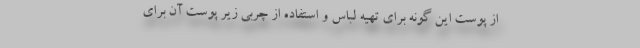
از پوست این گونه برای تهیه لباس و استفاده از چربی زیر پوست آن برای